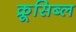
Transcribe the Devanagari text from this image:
क्रूसिब्ल